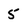
Character: 5